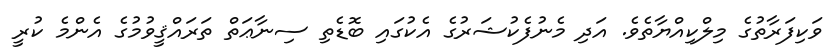
ވަކިފަރާތުގެ މިލްކިއްޔާތެވެ. އަދި މެނުފެކުޝަރުގެ އެކުގައި ބޮޑެތި ސިނާޢަތް ތަރައްޤީވުމުގެ އެންމެ ކުރީ